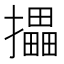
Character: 攂